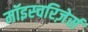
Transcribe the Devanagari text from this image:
मॉइस्चरिज़ेर्स